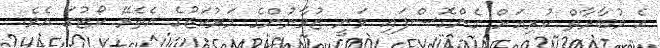
އެ މުބާރާތް ކުރިއަށް ގެންގޮސްފައި ވަނީ ޒުވާނުންގެ މަރުކަޒުގެ އެތެރޭ ކޯޓުގަ އެވެ.